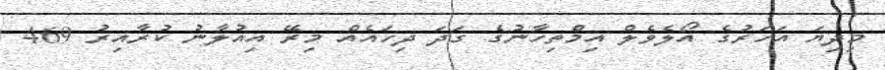
މިދިޔަ އަހަރުގެ އޯލެވެލް އިމްތިހާނުގެ ގަދަ ދިހައެއް މިރޭ އިއުލާނު ކުރާއިރު 469